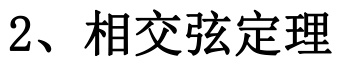
2、相交弦定理